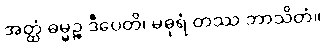
အတ္ထံ ဓမ္မဉ္စ ဒီပေတိ၊ မဓုရံ တဿ ဘာသိတံ။